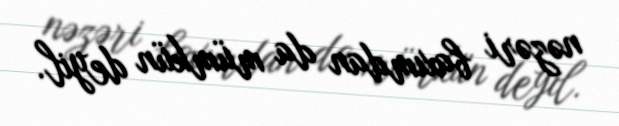
nəzəri baxımdan da mümkün deyil.